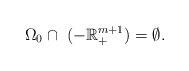
\begin{align*} \Omega_0\cap\ (- \mathbb{R}_+^{m+1})=\emptyset.\end{align*}